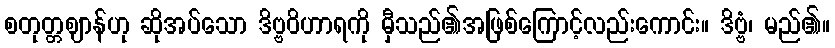
စတုတ္တဈာန်ဟု ဆိုအပ်သော ဒိဗ္ဗဝိဟာရကို မှီသည်၏အဖြစ်ကြောင့်လည်းကောင်း။ ဒိဗ္ဗံ၊ မည်၏။